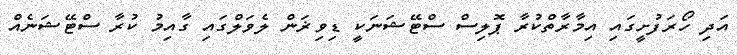
އަދި ހޯރަފުށީގައި އިމާރާތްކުރާ ޕޮލިސް ސްޓޭޝަނަކީ ޑިވިޜަން ލެވަލްގައި ގާއިމު ކުރާ ސްޓޭޝަނެއް